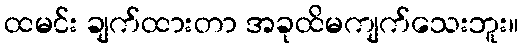
ထမင်း ချက်ထားတာ အခုထိမကျက်သေးဘူး။